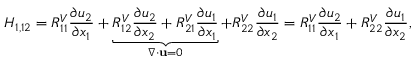
H _ { 1 , 1 2 } = R _ { 1 1 } ^ { V } \frac { \partial u _ { 2 } } { \partial x _ { 1 } } + \underbrace { R _ { 1 2 } ^ { V } \frac { \partial u _ { 2 } } { \partial x _ { 2 } } + R _ { 2 1 } ^ { V } \frac { \partial u _ { 1 } } { \partial x _ { 1 } } } _ { \nabla \cdot \mathbf { u } = 0 } + R _ { 2 2 } ^ { V } \frac { \partial u _ { 1 } } { \partial x _ { 2 } } = R _ { 1 1 } ^ { V } \frac { \partial u _ { 2 } } { \partial x _ { 1 } } + R _ { 2 2 } ^ { V } \frac { \partial u _ { 1 } } { \partial x _ { 2 } } ,